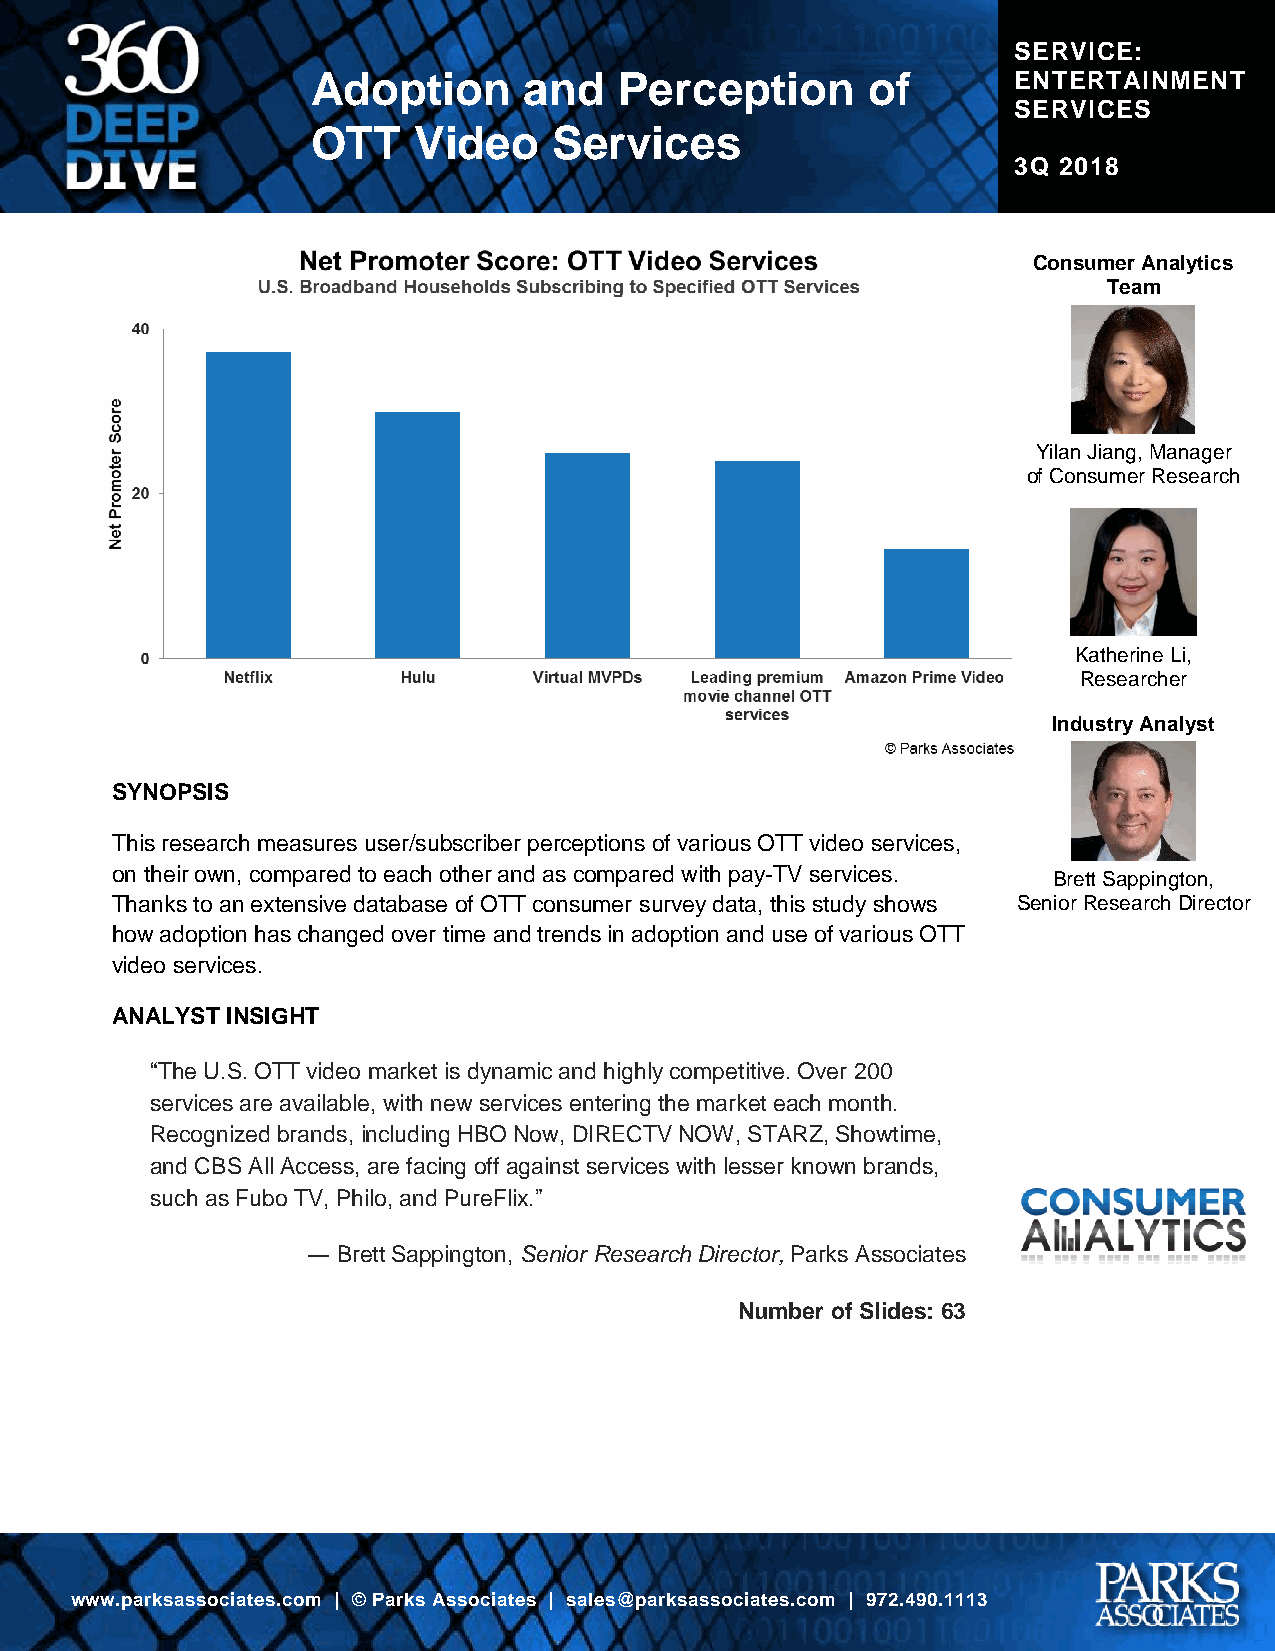
SERVICE:
 Adoption      and   Perception      of        ENTERTAINMENT
 SERVICES
 OTT   Video     Services
 3Q 2018
 Consumer Analytics
 Team
 Yilan Jiang, Manager
 of Consumer Research
 Katherine Li,
 Researcher
 Industry Analyst
 SYNOPSIS
 This research measures user/subscriber perceptions of various OTT video services,
 on their own, compared to each other and as compared with pay-TV services.
 Brett Sappington,
 Thanks to an extensive database of OTT consumer survey data, this study shows Senior Research Director
 how adoption has changed over time and trends in adoption and use of various OTT
 video services.
 ANALYST INSIGHT
 “The U.S. OTT video market is dynamic and highly competitive. Over 200
 services are available, with new services entering the market each month.
 Recognized brands, including HBO Now, DIRECTV NOW, STARZ, Showtime,
 and CBS All Access, are facing off against services with lesser known brands,
 such as Fubo TV, Philo, and PureFlix.”
 ― Brett Sappington, Senior Research Director, Parks Associates
 Number of Slides: 63
 www.parksassociates.com | © Parks Associates | sales@parksassociates.com | 972.490.1113